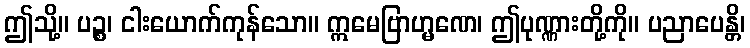
ဤသို့။ ပဉ္စ၊ ငါးယောက်ကုန်သော။ ဣမေဗြာဟ္မဏေ၊ ဤပုဏ္ဏားတို့ကို။ ပညာပေန္တိ၊